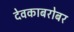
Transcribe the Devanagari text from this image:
देवकाबरोबर